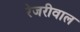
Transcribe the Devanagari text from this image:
रेजरीवाल